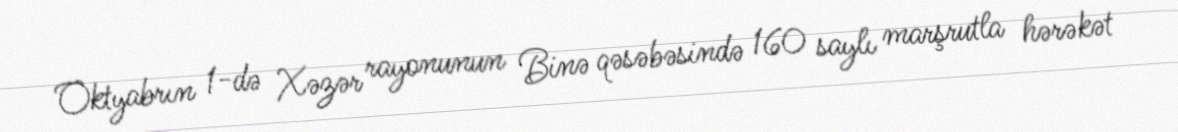
Oktyabrın 1-də Xəzər rayonunun Binə qəsəbəsində 160 saylı marşrutla hərəkət